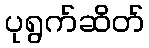
ပုရွက်ဆိတ်